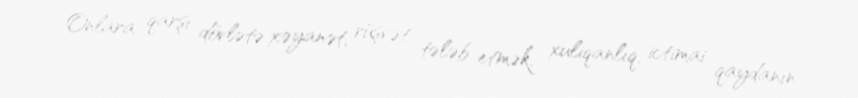
Onlara qarşı dövlətə xəyanət, rüşvət tələb etmək, xuliqanlıq, ictimai qaydanın